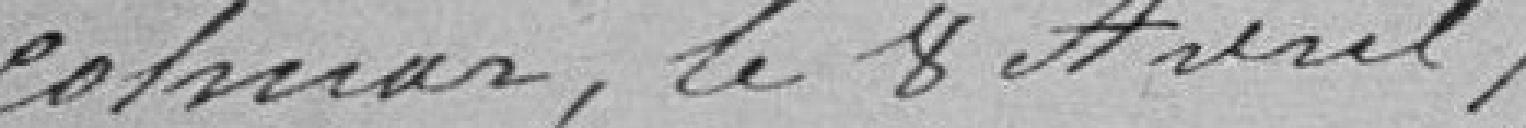
Colmar, le 8 avril